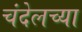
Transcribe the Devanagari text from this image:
चंदेलच्या